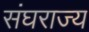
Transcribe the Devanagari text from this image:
संघराज्‍य